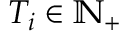
T _ { i } \in \mathbb { N } _ { + }